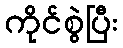
ကိုင်စွဲပြီး